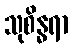
သုစိန္ဓရာ